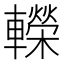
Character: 𨏍